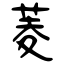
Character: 菱